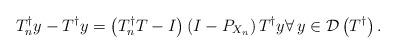
LaTeX: \begin{align*}T_{n}^{\dag }y-T^{\dag }y=\left( T_{n}^{\dag }T-I\right) \left(I-P_{X_{n}}\right) T^{\dag }y\forall \,y\in \mathcal{D}\left( T^{\dag}\right) . \end{align*}